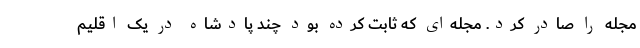
مجله را صادر کرد. مجله‌ای که ثابت کرده بود چند پادشاه در یک اقلیم